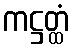
ကဋ္ဌတ္ထံ